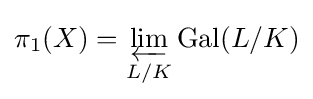
\pi _{1}(X)=\varprojlim _{L/K}\operatorname {Gal} (L/K)